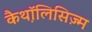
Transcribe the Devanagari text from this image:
कैथ़ॉलिसिज़्म